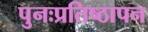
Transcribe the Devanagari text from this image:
पुनःप्रतिष्ठापन